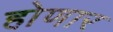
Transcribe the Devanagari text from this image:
हो़णार